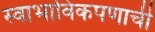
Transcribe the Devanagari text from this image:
स्वाभाविकपणाची